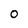
Character: 0